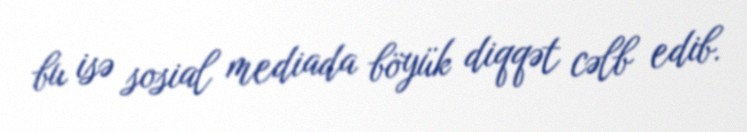
bu isə sosial mediada böyük diqqət cəlb edib.